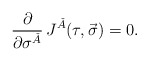
\begin{align*}\frac{\partial}{\partial\sigma^{\check{A}}}\,J^{\check{A}}(\tau,\vec{\sigma}) = 0. \end{align*}